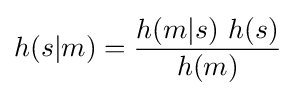
h(s|m)={\dfrac {h(m|s)\ h(s)}{h(m)}}